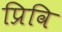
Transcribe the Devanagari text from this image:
प्रिवि